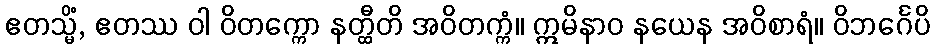
ဧတသ္မိံ, ဧတဿ ဝါ ဝိတက္ကော နတ္ထီတိ အဝိတက္ကံ။ ဣမိနာဝ နယေန အဝိစာရံ။ ဝိဘင်္ဂေပိ